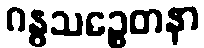
ဂန္ဓသဉ္စေတနာ